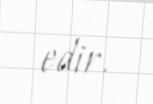
edir.